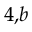
^ { 4 , b }